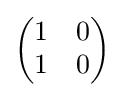
{\begin{pmatrix}1&0\\1&0\end{pmatrix}}